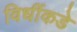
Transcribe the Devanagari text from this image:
विधींकडे